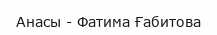
Анасы - Фатима Ғабитова